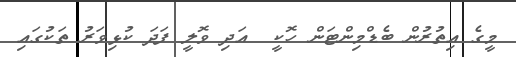
މީގެ އިތުރުން ބެޑްމިންޓަން ހޮކީ  އަދި ވޮލީ ފަދަ ކުޅިވަރު ތަކުގައި